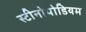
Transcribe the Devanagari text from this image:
स्टीनोपोडियम